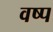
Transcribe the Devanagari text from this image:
वष्प